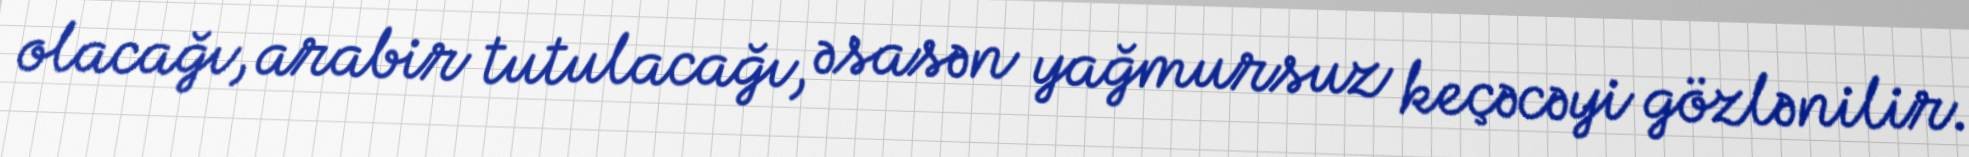
olacağı, arabir tutulacağı, əsasən yağmursuz keçəcəyi gözlənilir.